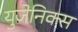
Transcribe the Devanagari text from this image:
युजेनिक्स